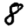
Digit: 8